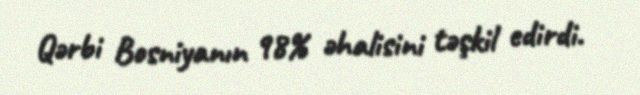
Qərbi Bosniyanın 98% əhalisini təşkil edirdi.